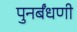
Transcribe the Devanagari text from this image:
पुनर्बंधणी